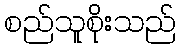
စည်သူစိုးသည်